Calcutta medical institutions reports 1871-78
Year: 1871
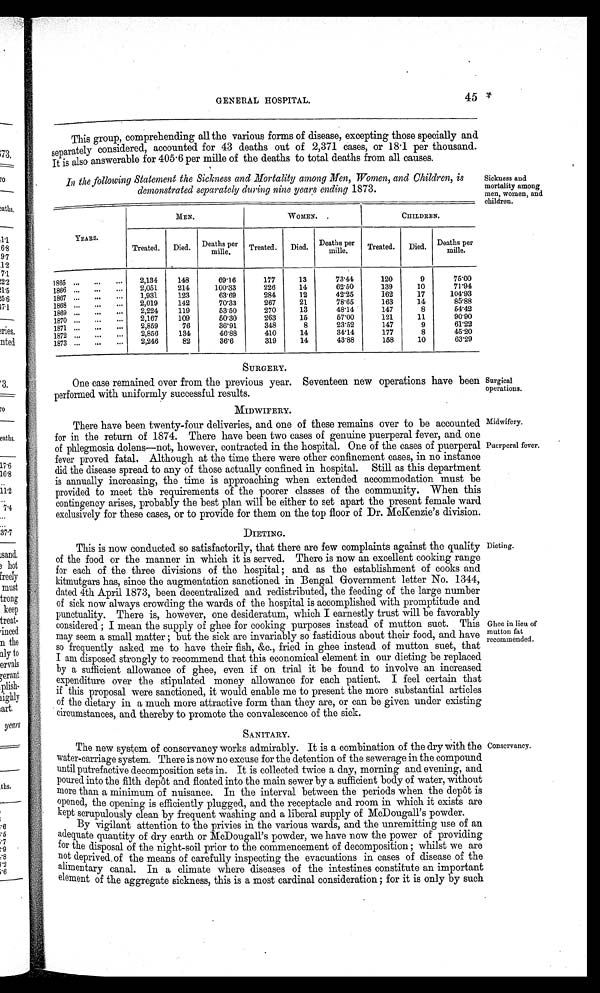
GENERAL HOSPITAL.
45
This group, comprehending all the various forms of disease, excepting those specially and
separately considered, accounted for 43 deaths out of 2,371 cases, or 18·1 per thousand.
It is also answerable for 405·6 per mile of the deaths to total deaths from all causes.
In the following Statement the Sickness and Mortality among Men, Women, and Children, is
demonstrated separately during nine years ending 1873.
YEARS.
MEN.
WOMEN.
CHILDREN.
Treated.
Died. Deaths per
mille.
Treated.
Died.
Deaths per
mille.
Treated.
Died. Deaths per
mille.
1885
2,134
148
69·16
177
13
7 3 · 4 4
120
9
75·00
1866
2,051
214
100·33
226
14
12
62·50
139
10
71·94
1867
1,931
123
63·69
284
1 2
4 2 · 2 5
1 6 2
1 7
1 0 4 · 9 3
1868
2,019
142
70·33
267
21
78·65
163
14
8 5 · 8 8
1869
2,224
119
53·50
270
1 3
48·14
147
8
5 4 · 4 2
1870.
2,167
109
50·30
263
15
57·00
121
11
90·90
1871
2,859
76
36·91
348
8
23·52
147
9
61·22
1872
2,856
134
46·88
410
14
34·14
177
8
45·20
1873
2,246
82
36·6
319
14
43·88
158
10
63·29
SURGERY.
One case remained over from the previous year. Seventeen new operations have been
performed with uniformly successful results.
MIDWIFERY.
There have been twenty-four deliveries, and one of these remains over to be accounted
for in the return of 1874. There have been two cases of genuine puerperal fever, and one
of phlegmosia dolens—not, however, contracted in the hospital. One of the cases of puerperal
fever proved fatal. Although at the time there were other confinement cases, in no instance
did the disease spread to any of those actually confined in hospital. Still as this department
is annually increasing, the time is approaching when extended accommodation must be
provided to meet the requirements of the poorer classes of the community. When this
contingency arises, probably the best plan will be either to set apart the present female ward
exclusively for these cases, or to provide for them on the top floor of Dr. McKenzie's division.
DIETING.
This is now conducted so satisfactorily, that there are few complaints against the quality
of the food or the manner in which it is served. There is now an excellent cooking range
for each of the three divisions of the hospital ; and as the establishment of cooks and
kitmutgars has, since the augmentation sanctioned in Bengal Government letter No. 1344,
dated 4th April 1873, been decentralized and redistributed, the feeding of the large number
of sick now always crowding the wards of the hospital is accomplished with promptitude and
punctuality. There is, however, one desideratum, which I earnestly trust will be favorably
considered ; I mean the supply of ghee for cooking purposes instead of mutton suet. This
may seem a small matter ; but the sick are invariably so fastidious about their food, and have
so frequently asked me to have their fish, &c., fried in ghee instead of mutton suet, that
I am disposed strongly to recommend that this economical element in our dieting be replaced
by a sufficient allowance of ghee, even if on trial it be found to involve an increased
expenditure over the stipulated money allowance for each patient. I feel certain that
if this proposal were sanctioned, it would enable me to present the more substantial articles
of the dietary in a much more attractive form than they are, or can be given under existing
circumstances, and thereby to promote the convalescence of the sick.
SANITARY.
The new system of conservancy works admirably. It is a combination of the dry with the
water-carriage system. There is now no excuse for the detention of the sewerage in the compound
until putrefactive decomposition sets in. It is collected twice a day, morning and evening, and
poured into the filth depôt and floated into the main sewer by a sufficient body of water, without
more than a minimum of nuisance. In the interval between the periods when the depôt is
opened, the opening is efficiently plugged, and the receptacle and room in which it exists are
kept scrupulously clean by frequent washing and a liberal supply of McDougall's powder.
By vigilant attention to the privies in the various wards, and the unremitting use of an
adequate quantity of dry earth or McDougall's powder, we have now the power of providing
for the disposal of the night-soil prior to the commencement of decomposition ; whilst we are
not deprived of the means of carefully inspecting the evacuations in cases of disease of the
alimentary canal. In a climate where diseases of the intestines constitute an important
e l e m e n t o f t h e a g g r e g a t e s i c k n e s s , t h i s i s a m o s t c a r d i n a l c o n s i d e r a t i o n ; f o r i t i s o n l y b y s u c h
Sickness and
mortality among
men, women, and
children.
Surgical
operations.
Midwifery.
Puerperal fever.
Dieting.
Ghee in lieu of
mutton fat
recommended.
Conservancy.